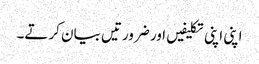
اپنی اپنی تکلیفیں اور ضرورتیں بیان کرتے۔